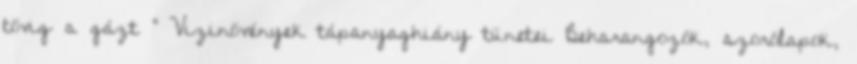
tövig a gázt ” Vizinövények tápanyaghiány tünetei Beharangozók, szorólapok,